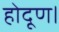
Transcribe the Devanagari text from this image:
होदूण।